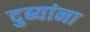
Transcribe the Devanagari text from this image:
दुब्यांना